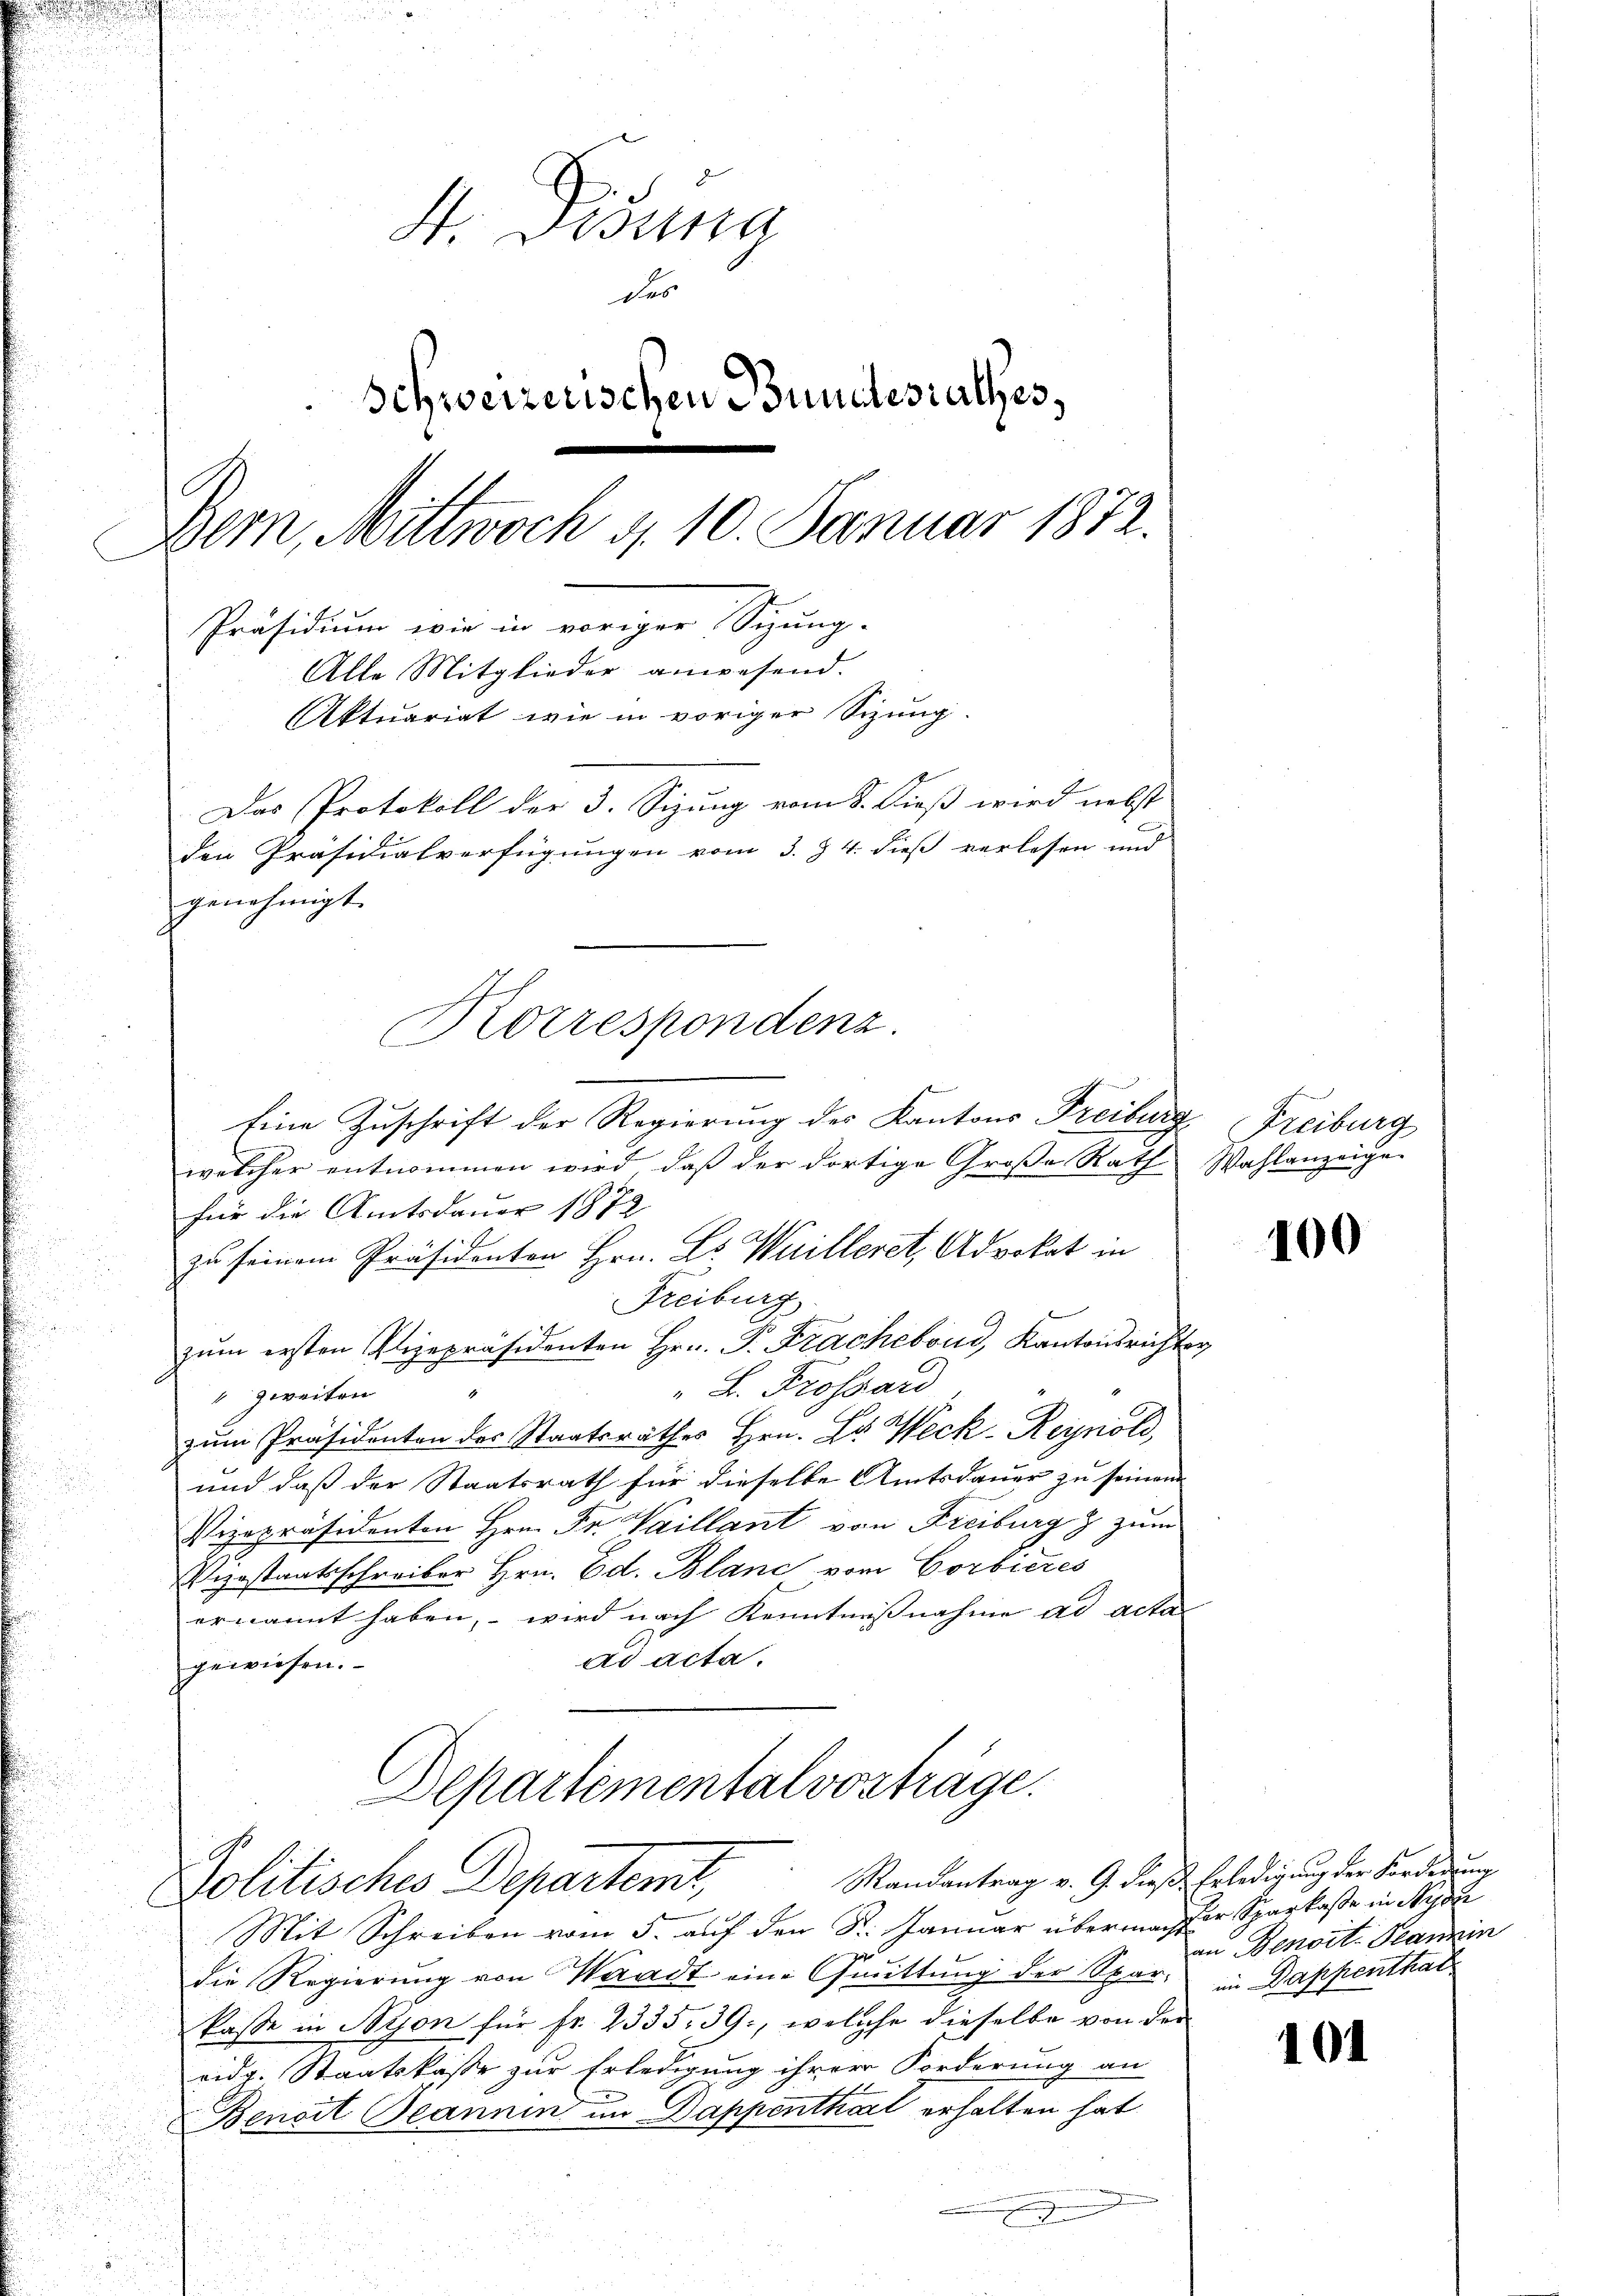
4. Disung
des
Schweizerischen Bundesrathes,
Bern, Mittwoch d. 10. Januar 1872.
Präsidium wie in voriger Sitzung.
Alle Mitglieder anwesend.
Aktuariat wie in voriger Sizung.
Das Protokoll der 3. Sizung vom 8. Fuß wird nebst
den Präsidialverfügungen vom 3. Z. 4. dieß verlesen und

Eine Zuschrift der Regierung des Kantons Freiburg Freiburg
welcher entnommen wird, daß der dortige Große Rath Wahlanzeige
für die Amtsdauer 1872
zu seinem Präsidenten Hrn. L. Wuilleret, Advokat in
Freiburg
zŭm ersten Vizepräsidenten Hr. P. Fracheboud, Kantonsrichter
L. Trossard
zweiten
zum Präsidenten des Staatsrathes Hrn. Dr. Weck-Reynold,
und daß der Staatsrath für dieselbe Amtsdauer zu seinen
Vizepräsidenten Hrn. Fr. Vaillant von Freiburg & zum
Vizostaatsschreiber Hrn. Ed. Blanc vom Corbieres
ernannt haben, – wird nach Kenntnisnahme ad acta
ad acta.
gewiesen.
Departementalvorträge.

genehmigt.
Korrespondenz.

Randantrag v. 9. dieß Erledigung der Forderung
Politisches Departemt,

Mit Schreiben vom 5. auf den St. Januar übermachter Sparkasse in Nyde
die Regierung von Waadt eine Quittung der Spar- in Dappenthal
kasse in Nyon für fr. 2335. 39, welche dieselbe von der
ridg. Staatskasse zur Erledigung ihrer Forderung an
Benoit Beannin in Dappenthal erhalten hat
.

400

an Benoit. Planein

101